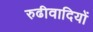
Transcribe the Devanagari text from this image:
रुढीवादियों